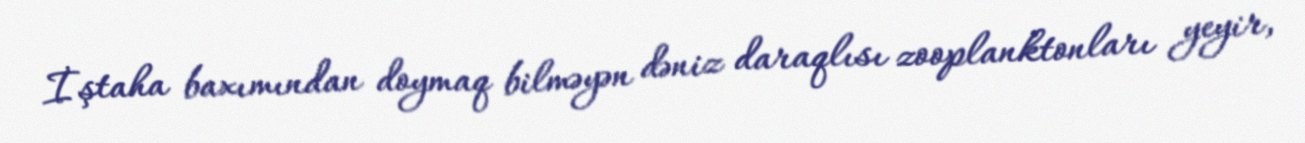
İştaha baxımından doymaq bilməyən dəniz daraqlısı zooplanktonları yeyir,